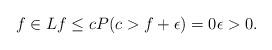
LaTeX: \begin{align*}f\in Lf\le cP(c>f+\epsilon)=0\epsilon>0.\end{align*}